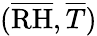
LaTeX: (\overline{{\mathrm{RH}}},\overline{{T}})